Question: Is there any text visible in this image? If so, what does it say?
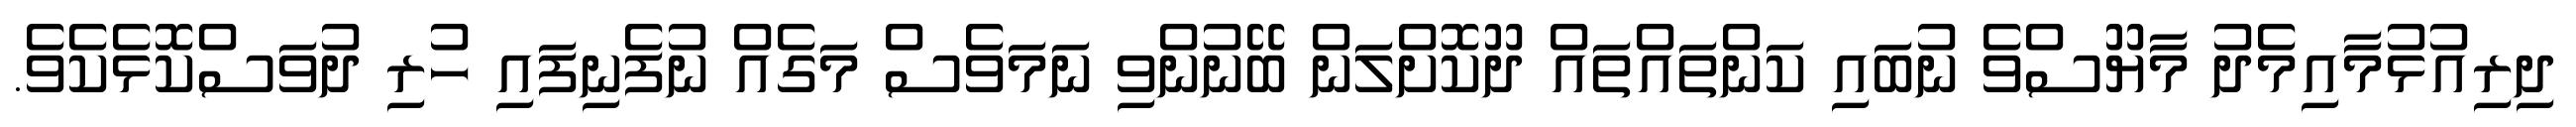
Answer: ދިރިއުޅުމާއިމެދު މާޔޫސްވެ ނުބައި ކަންތައްތައް ދޫކޮށްލަން ބޭނުންވި ނަމަވެސް މަގެއް ނުފެނިފައި ހުރި ދުވަސްކޮޅެކެވެ.